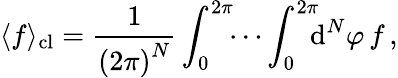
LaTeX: \langle f\rangle_{\mathrm{cl}}=\frac{1}{\left(2\pi\right)^{N}}\int_{0}^{2\pi}\! \! \cdots\int_{0}^{2\pi}\! \! \! \mathrm{d}^{N}\varphi\, f\, ,